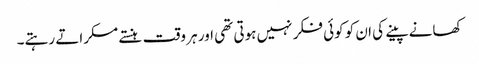
کھانے پینے کی ان کو کوئی فکر نہیں ہوتی تھی اور ہر وقت ہنستے مسکراتے رہتے۔